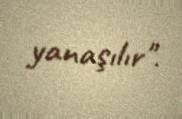
yanaşılır".